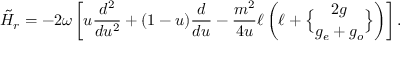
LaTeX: \tilde { \cal H } _ { r } = - 2 \omega \left[ u { \frac { d ^ { 2 } } { d u ^ { 2 } } } + ( 1 - u ) { \frac { d } { d u } } - { \frac { m ^ { 2 } } { 4 u } } \ell \left( \ell + { 2 g \brace g _ { e } + g _ { o } } \right) \right] .